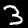
Digit: 3